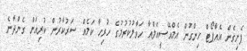
ފެށިގެން އެއާޕޯޓް ހިންގުން އެމްއޭސީއެލްއާ ހަވާލުކުރުމުގެ ހުރިހާ ކަމެއް ސަރުކާރުން ކުރިއަށް ގެންދާނެ